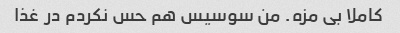
کاملا بی مزه. من سوسیس هم حس نکردم در غذا